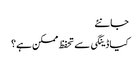
جانئے
کیا ڈینگی سے تحفظ ممکن ہے؟